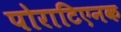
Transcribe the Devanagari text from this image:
पोराटिएनक